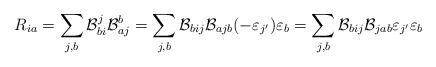
LaTeX: \begin{align*}R_{ia} = \sum_{j,b}\mathcal{B}_{bi}^j \mathcal{B}_{aj}^b = \sum_{j,b} \mathcal{B}_{bij} \mathcal{B}_{ajb}(-\varepsilon_{j'})\varepsilon_b = \sum_{j,b} \mathcal{B}_{bij} \mathcal{B}_{jab}\varepsilon_{j'}\varepsilon_b\end{align*}